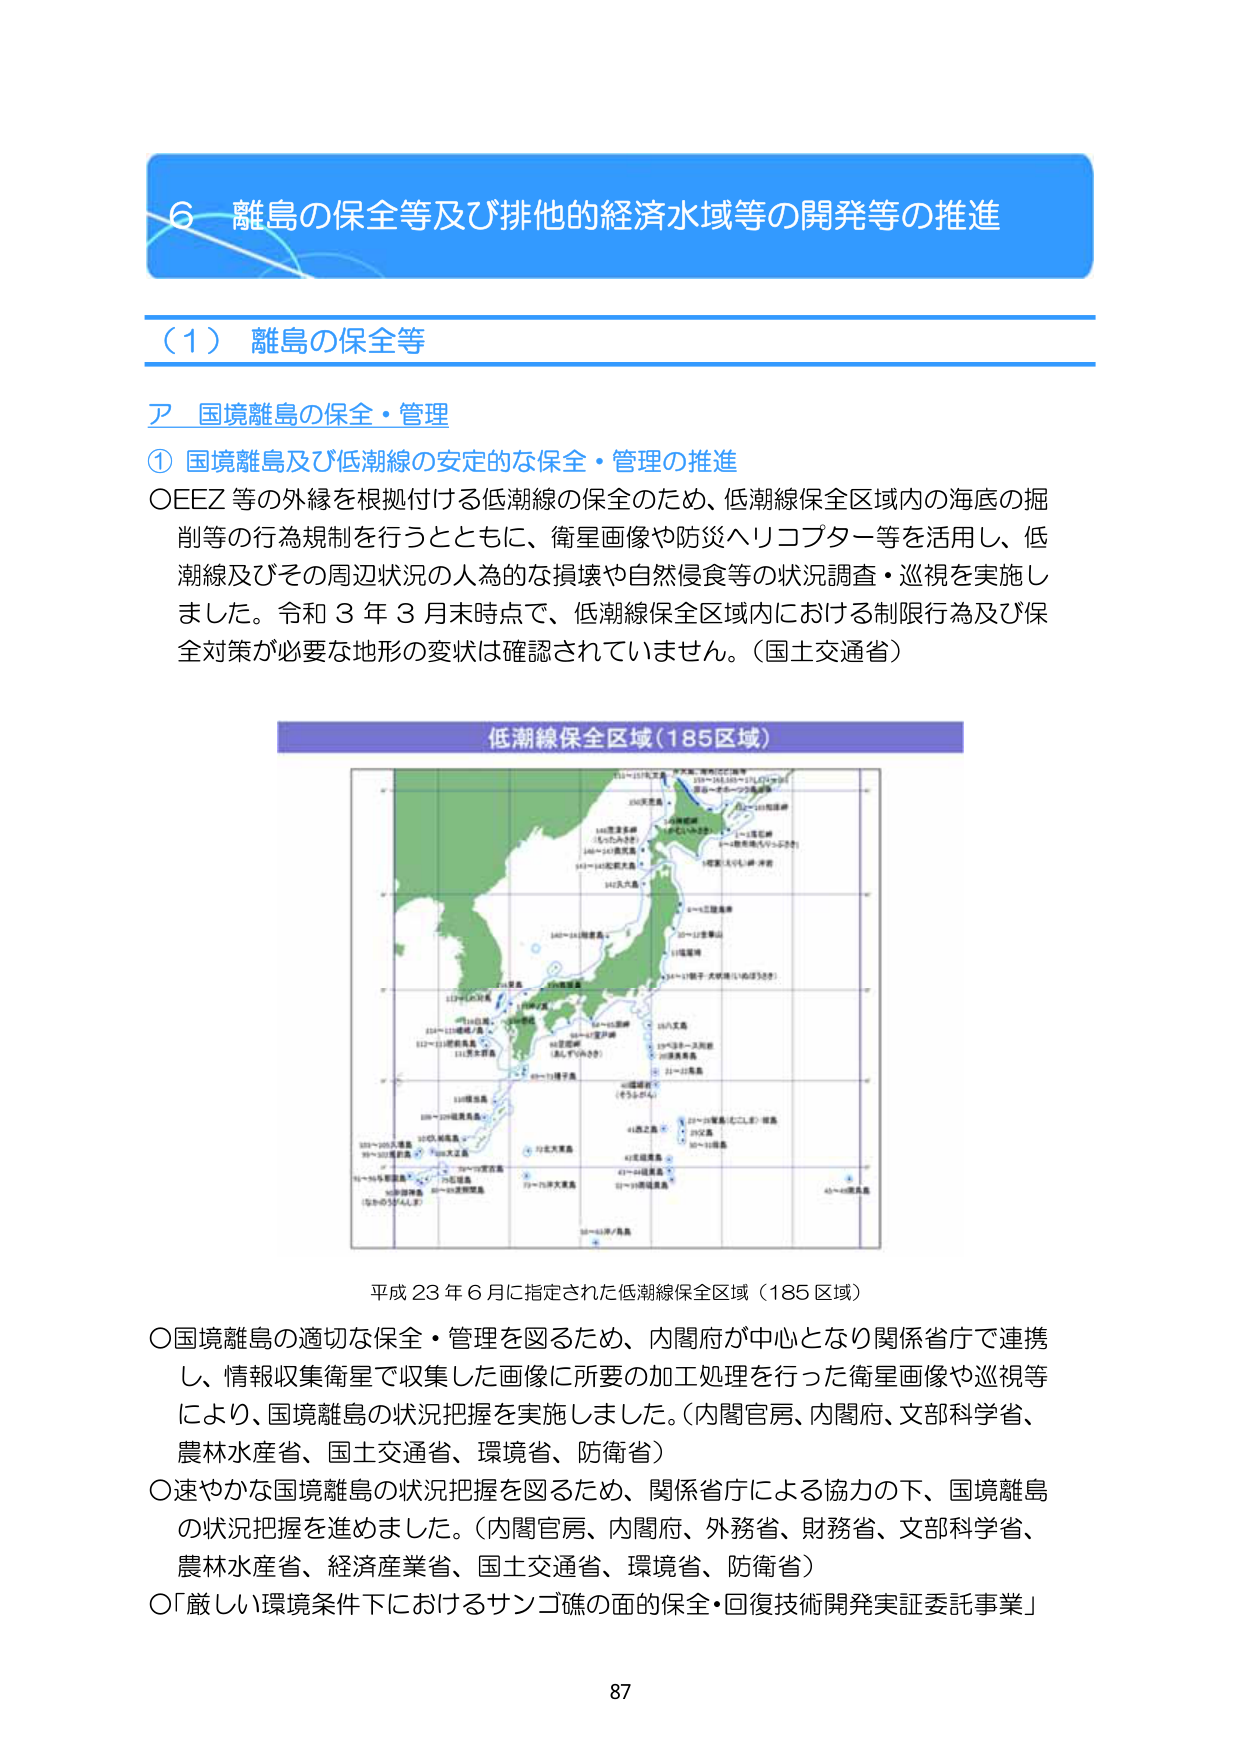
６ 離島の保全等及び排他的経済水域等の開発等の推進

（１） 離島の保全等

ア 国境離島の保全・管理

① 国境離島及び低潮線の安定的な保全・管理の推進

○EEZ 等の外縁を根拠付ける低潮線の保全のため、低潮線保全区域内の海底の掘削等の行為規制を行うとともに、衛星画像や防災ヘリコプター等を活用し、低潮線及びその周辺状況の人為的な損壊や自然侵食等の状況調査・巡視を実施しました。令和３年３月末時点で、低潮線保全区域内における制限行為及び保全対策が必要な地形の変状は確認されていません。（国土交通省）

低潮線保全区域（185区域）

平成23年6月に指定された低潮線保全区域（185区域）

○国境離島の適切な保全・管理を図るため、内閣府が中心となり関係省庁で連携し、情報収集衛星で収集した画像に所要の加工処理を行った衛星画像や巡視等により、国境離島の状況把握を実施しました。（内閣官房、内閣府、文部科学省、農林水産省、国土交通省、環境省、防衛省）

○速やかな国境離島の状況把握を図るため、関係省庁による協力の下、国境離島の状況把握を進めました。（内閣官房、内閣府、外務省、財務省、文部科学省、農林水産省、経済産業省、国土交通省、環境省、防衛省）

○「厳しい環境条件下におけるサンゴ礁の面的保全・回復技術開発実証委託事業」

87